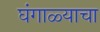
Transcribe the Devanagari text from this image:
घंगाळ्याचा